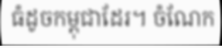
ធំដូចកម្ពុជាដែរ។ ចំណែក